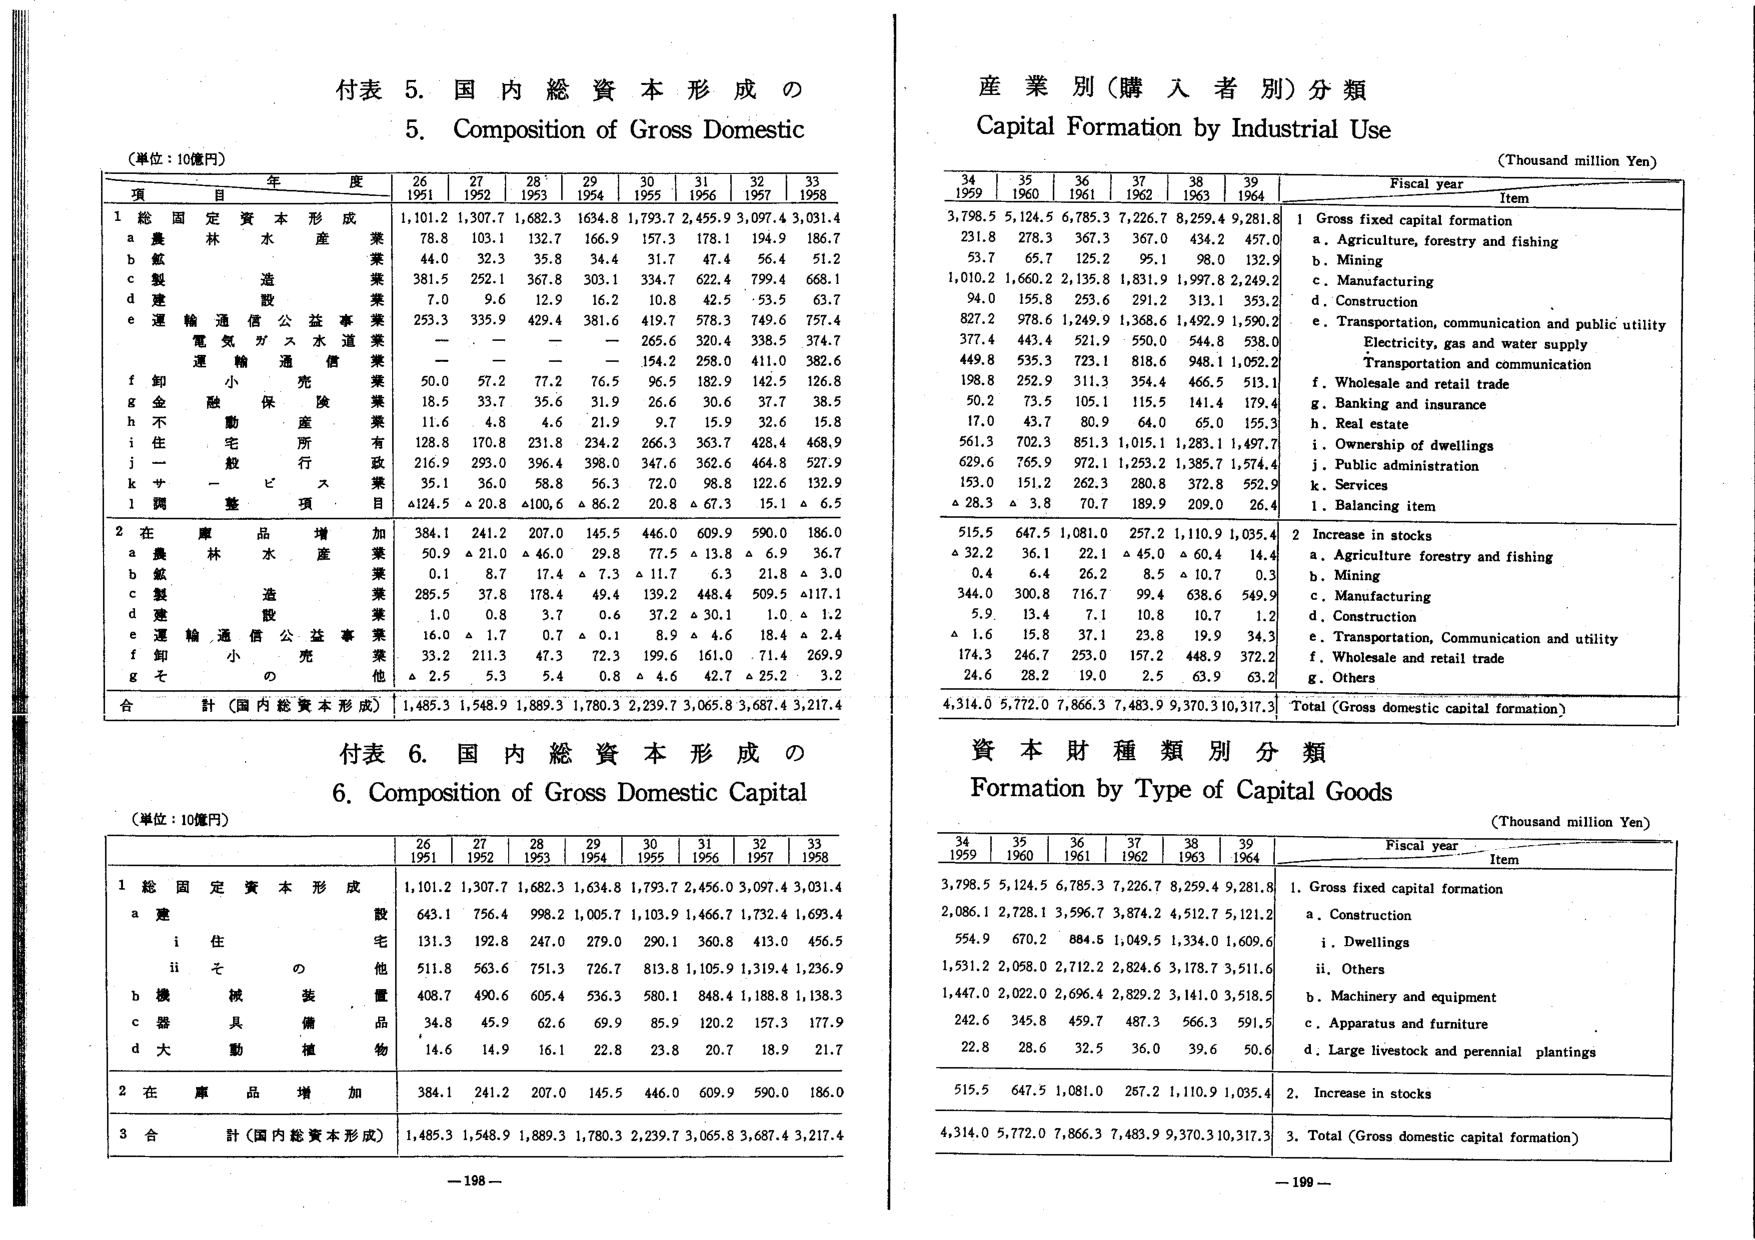
付表 5. 国内総資本形成の
5. Composition of Gross Domestic

（単位：10億円）
年 度
26 27 28 29 30 31 32 33
1951 1952 1953 1954 1955 1956 1957 1958

項 目
1 総固定資本形成
a 農林水産業
b 鉱業
c 製造業
d 建設業
e 運輸通信公益事業
　　電気ガス水道業
　　運輸通信業
f 卸売小売業
g 金融保険業
h 不動産業
i 住宅所有
j 一般行政
k サービス業
l 調整項目

2 在庫品増加
a 農林水産業
b 鉱業
c 製造業
d 建設業
e 運輸通信公益事業
f 卸売小売業
g その他

合計（国内総資本形成）

1,101.2 1,307.7 1,682.3 1,634.8 1,793.7 2,455.9 3,097.4 3,031.4
78.8 103.1 132.7 166.9 157.3 178.1 194.9 186.7
44.0 32.3 35.8 34.4 31.7 47.4 56.4 51.2
381.5 252.1 367.8 303.1 334.7 622.4 799.4 668.1
7.0 9.6 12.9 16.2 10.8 42.5 53.5 63.7
253.3 335.9 429.4 381.6 419.7 578.3 749.6 757.4
— — — — 265.6 320.4 338.5 374.7
— — — — 154.2 258.0 411.0 382.6
50.0 57.2 77.2 76.5 96.5 182.9 142.5 126.8
18.5 33.7 35.6 31.9 26.6 30.6 37.7 38.5
11.6 4.8 4.6 21.9 9.7 15.9 32.6 15.8
128.8 170.8 231.8 234.2 266.3 363.7 428.4 468.9
216.9 293.0 396.4 398.0 347.6 362.6 464.8 527.9
35.1 36.0 58.8 56.3 72.0 98.8 122.6 132.9
△124.5 △20.8 △100.6 △86.2 20.8 △67.3 15.1 △6.5

384.1 241.2 207.0 145.5 446.0 609.9 590.0 186.0
50.9 △21.0 △46.0 29.8 77.5 △13.8 △6.9 36.7
0.1 8.7 17.4 △7.3 △11.7 6.3 21.8 △3.0
285.5 37.8 178.4 49.4 139.2 448.4 509.5 △117.1
1.0 0.8 3.7 0.6 37.2 △30.1 1.0 △1.2
16.0 △1.7 0.7 △0.1 8.9 △4.6 18.4 △2.4
33.2 211.3 47.3 72.3 199.6 161.0 71.4 269.9
△2.5 5.3 5.4 0.8 △4.6 42.7 △25.2 3.2

1,485.3 1,548.9 1,889.3 1,780.3 2,239.7 3,065.8 3,687.4 3,217.4

付表 6. 国内総資本形成の
6. Composition of Gross Domestic Capital

（単位：10億円）
26 27 28 29 30 31 32 33
1951 1952 1953 1954 1955 1956 1957 1958

1 総固定資本形成
a 建設
　　i 住宅
　　ii その他
b 機械装置
c 器具備品
d 大動植物

2 在庫品増加

3 合計（国内総資本形成）

1,101.2 1,307.7 1,682.3 1,634.8 1,793.7 2,456.0 3,097.4 3,031.4
643.1 756.4 998.2 1,005.7 1,103.9 1,466.7 1,732.4 1,693.4
131.3 192.8 247.0 279.0 290.1 360.8 413.0 456.5
511.8 563.6 751.3 726.7 813.8 1,105.9 1,319.4 1,236.9
408.7 490.6 605.4 536.3 580.1 848.4 1,188.8 1,138.3
34.8 45.9 62.6 69.9 85.9 120.2 157.3 177.9
14.6 14.9 16.1 22.8 23.8 20.7 18.9 21.7

384.1 241.2 207.0 145.5 446.0 609.9 590.0 186.0

1,485.3 1,548.9 1,889.3 1,780.3 2,239.7 3,065.8 3,687.4 3,217.4

—198—

産業別（購入者別）分類
Capital Formation by Industrial Use
（Thousand million Yen）

34 35 36 37 38 39
1959 1960 1961 1962 1963 1964
Fiscal year
Item

3,798.5 5,124.5 6,785.3 7,226.7 8,259.4 9,281.8
231.8 278.3 367.3 367.0 434.2 457.0
53.7 65.7 125.2 95.1 98.0 132.9
1,010.2 1,660.2 2,135.8 1,831.9 1,997.8 2,249.2
94.0 155.8 253.6 291.2 313.1 353.2
827.2 978.6 1,249.9 1,368.6 1,492.9 1,590.2
377.4 443.4 521.9 550.0 544.8 538.0
449.8 535.3 723.1 818.6 948.1 1,052.2
198.8 252.9 311.3 354.4 466.5 513.1
50.2 73.5 105.1 115.5 141.4 179.4
17.0 43.7 80.9 64.0 65.0 155.3
561.3 702.3 851.3 1,015.1 1,283.1 1,497.7
629.6 765.9 972.1 1,253.2 1,385.7 1,574.4
153.0 151.2 262.3 280.8 372.8 552.9
△28.3 △3.8 70.7 189.9 209.0 26.4

515.5 647.5 1,081.0 257.2 1,110.9 1,035.4
△32.2 36.1 22.1 △45.0 △60.4 14.4
0.4 6.4 26.2 8.5 △10.7 0.3
344.0 300.8 716.7 99.4 638.6 549.9
5.9 13.4 7.1 10.8 10.7 1.2
△1.6 15.8 37.1 23.8 19.9 34.3
174.3 246.7 253.0 157.2 448.9 372.2
24.6 28.2 19.0 2.5 63.9 63.2

4,314.0 5,772.0 7,866.3 7,483.9 9,370.3 10,317.3
Total (Gross domestic capital formation)

1 Gross fixed capital formation
a. Agriculture, forestry and fishing
b. Mining
c. Manufacturing
d. Construction
e. Transportation, communication and public utility
　　Electricity, gas and water supply
　　Transportation and communication
f. Wholesale and retail trade
g. Banking and insurance
h. Real estate
i. Ownership of dwellings
j. Public administration
k. Services
l. Balancing item

2 Increase in stocks
a. Agriculture forestry and fishing
b. Mining
c. Manufacturing
d. Construction
e. Transportation, Communication and utility
f. Wholesale and retail trade
g. Others

資本財種類別分類
Formation by Type of Capital Goods
（Thousand million Yen）

34 35 36 37 38 39
1959 1960 1961 1962 1963 1964
Fiscal year
Item

3,798.5 5,124.5 6,785.3 7,226.7 8,259.4 9,281.8
2,086.1 2,728.1 3,596.7 3,874.2 4,512.7 5,121.2
554.9 670.2 884.5 1,049.5 1,334.0 1,609.6
1,531.2 2,058.0 2,712.2 2,824.6 3,178.7 3,511.6
1,447.0 2,022.0 2,696.4 2,829.2 3,141.0 3,518.5
242.6 345.8 459.7 487.3 566.3 591.5
22.8 28.6 32.5 36.0 39.6 50.6

515.5 647.5 1,081.0 257.2 1,110.9 1,035.4

4,314.0 5,772.0 7,866.3 7,483.9 9,370.3 10,317.3

1. Gross fixed capital formation
a. Construction
　　i. Dwellings
　　ii. Others
b. Machinery and equipment
c. Apparatus and furniture
d. Large livestock and perennial plantings

2. Increase in stocks

3. Total (Gross domestic capital formation)

—199—